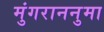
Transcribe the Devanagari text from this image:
मुंगराननुमा